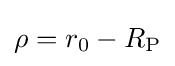
\rho =r_{0}-R_{\textrm {P}}